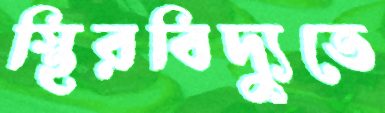
স্থিরবিদ্যুতে